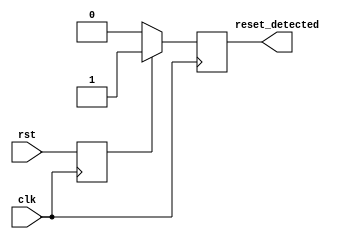
module synchronous_reset_detector (
    input wire clk,                // System clock signal
    input wire rst,                // Reset input signal
    output reg reset_detected      // Synchronized reset detected output
);

// Internal register to hold the last known state of the reset signal
reg rst_reg;

// Always block triggered on the rising edge of the clock
always @(posedge clk) begin
    // Sample the reset signal on the clock edge
    rst_reg <= rst;
    
    // Update the reset_detected output based on the sampled reset signal
    if (rst_reg) begin
        reset_detected <= 1'b1;   // Reset is active
    end else begin
        reset_detected <= 1'b0;   // Reset is inactive
    end
end

endmodule